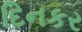
દિનકર